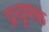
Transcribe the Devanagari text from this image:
प्रचूषक